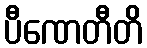
ပီဏေတီတိ